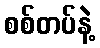
စစ်တပ်နဲ့